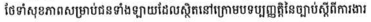
ថែទាំសុខភាពសម្រាប់ជនទាំងឡាយដែលស្ថិតនៅក្រោមបទប្បញ្ញត្តិនៃច្បាប់ស្តីពីការងារ